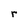
Character: r